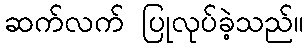
ဆက်လက် ပြုလုပ်ခဲ့သည်။